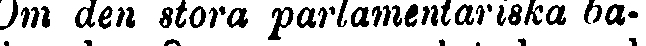
Om den stora parlamentariska ba-